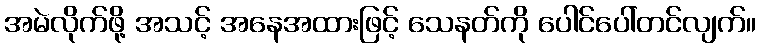
အမဲလိုက်ဖို့ အသင့် အနေအထားဖြင့် သေနတ်ကို ပေါင်ပေါ်တင်လျက်။